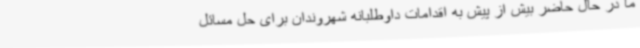
ما در حال حاضر بیش از پیش به اقدامات داوطلبانه شهروندان برای حل مسائل